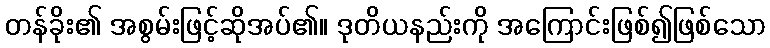
တန်ခိုး၏ အစွမ်းဖြင့်ဆိုအပ်၏။ ဒုတိယနည်းကို အကြောင်းဖြစ်၍ဖြစ်သော